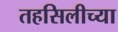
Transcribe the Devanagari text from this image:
तहसिलीच्या